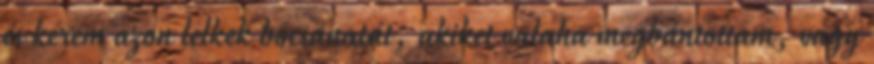
és kérem azon lelkek bocsánatát, akiket valaha megbántottam, vagy